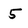
Character: 5